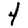
Digit: 4